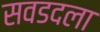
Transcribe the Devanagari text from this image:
सवडदला